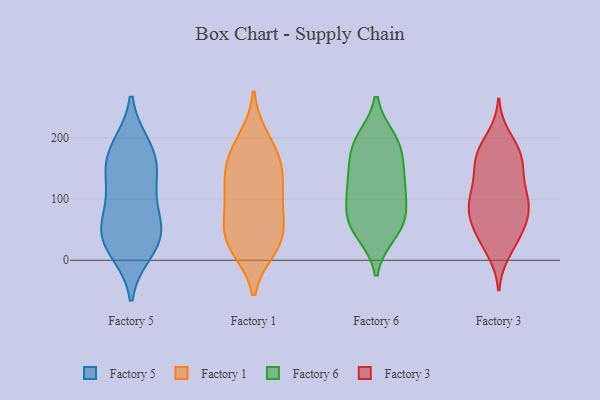
{"axis": {"x": "Churn Rate (%)", "y": "Value"}, "legend": ["Factory 1", "Factory 3", "Factory 5", "Factory 6"], "data": [{"x": "", "y": 32, "type": "Factory 5"}, {"x": "", "y": 128, "type": "Factory 5"}, {"x": "", "y": 87, "type": "Factory 5"}, {"x": "", "y": 177, "type": "Factory 5"}, {"x": "", "y": 185, "type": "Factory 5"}, {"x": "", "y": 60, "type": "Factory 5"}, {"x": "", "y": 41, "type": "Factory 5"}, {"x": "", "y": 17, "type": "Factory 5"}, {"x": "", "y": 136, "type": "Factory 5"}, {"x": "", "y": 166, "type": "Factory 5"}, {"x": "", "y": 41, "type": "Factory 5"}, {"x": "", "y": 89, "type": "Factory 1"}, {"x": "", "y": 33, "type": "Factory 1"}, {"x": "", "y": 24, "type": "Factory 1"}, {"x": "", "y": 112, "type": "Factory 1"}, {"x": "", "y": 199, "type": "Factory 1"}, {"x": "", "y": 53, "type": "Factory 1"}, {"x": "", "y": 185, "type": "Factory 1"}, {"x": "", "y": 119, "type": "Factory 1"}, {"x": "", "y": 79, "type": "Factory 1"}, {"x": "", "y": 157, "type": "Factory 1"}, {"x": "", "y": 153, "type": "Factory 1"}, {"x": "", "y": 20, "type": "Factory 1"}, {"x": "", "y": 38, "type": "Factory 1"}, {"x": "", "y": 149, "type": "Factory 1"}, {"x": "", "y": 45, "type": "Factory 6"}, {"x": "", "y": 194, "type": "Factory 6"}, {"x": "", "y": 197, "type": "Factory 6"}, {"x": "", "y": 81, "type": "Factory 6"}, {"x": "", "y": 128, "type": "Factory 6"}, {"x": "", "y": 121, "type": "Factory 6"}, {"x": "", "y": 54, "type": "Factory 6"}, {"x": "", "y": 70, "type": "Factory 6"}, {"x": "", "y": 61, "type": "Factory 6"}, {"x": "", "y": 173, "type": "Factory 6"}, {"x": "", "y": 112, "type": "Factory 6"}, {"x": "", "y": 140, "type": "Factory 6"}, {"x": "", "y": 186, "type": "Factory 6"}, {"x": "", "y": 63, "type": "Factory 3"}, {"x": "", "y": 85, "type": "Factory 3"}, {"x": "", "y": 200, "type": "Factory 3"}, {"x": "", "y": 59, "type": "Factory 3"}, {"x": "", "y": 164, "type": "Factory 3"}, {"x": "", "y": 86, "type": "Factory 3"}, {"x": "", "y": 82, "type": "Factory 3"}, {"x": "", "y": 57, "type": "Factory 3"}, {"x": "", "y": 124, "type": "Factory 3"}, {"x": "", "y": 103, "type": "Factory 3"}, {"x": "", "y": 36, "type": "Factory 3"}, {"x": "", "y": 174, "type": "Factory 3"}, {"x": "", "y": 15, "type": "Factory 3"}, {"x": "", "y": 101, "type": "Factory 3"}, {"x": "", "y": 178, "type": "Factory 3"}, {"x": "", "y": 139, "type": "Factory 3"}, {"x": "", "y": 159, "type": "Factory 3"}, {"x": "", "y": 28, "type": "Factory 3"}, {"x": "", "y": 106, "type": "Factory 3"}, {"x": "", "y": 172, "type": "Factory 3"}]}